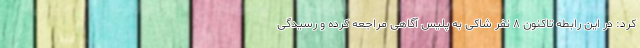
کرد: در این رابطه تاکنون ۸ نفر شاکی به پلیس آگاهی مراجعه کرده و رسیدگی